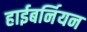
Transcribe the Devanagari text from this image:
हाईबर्नियन